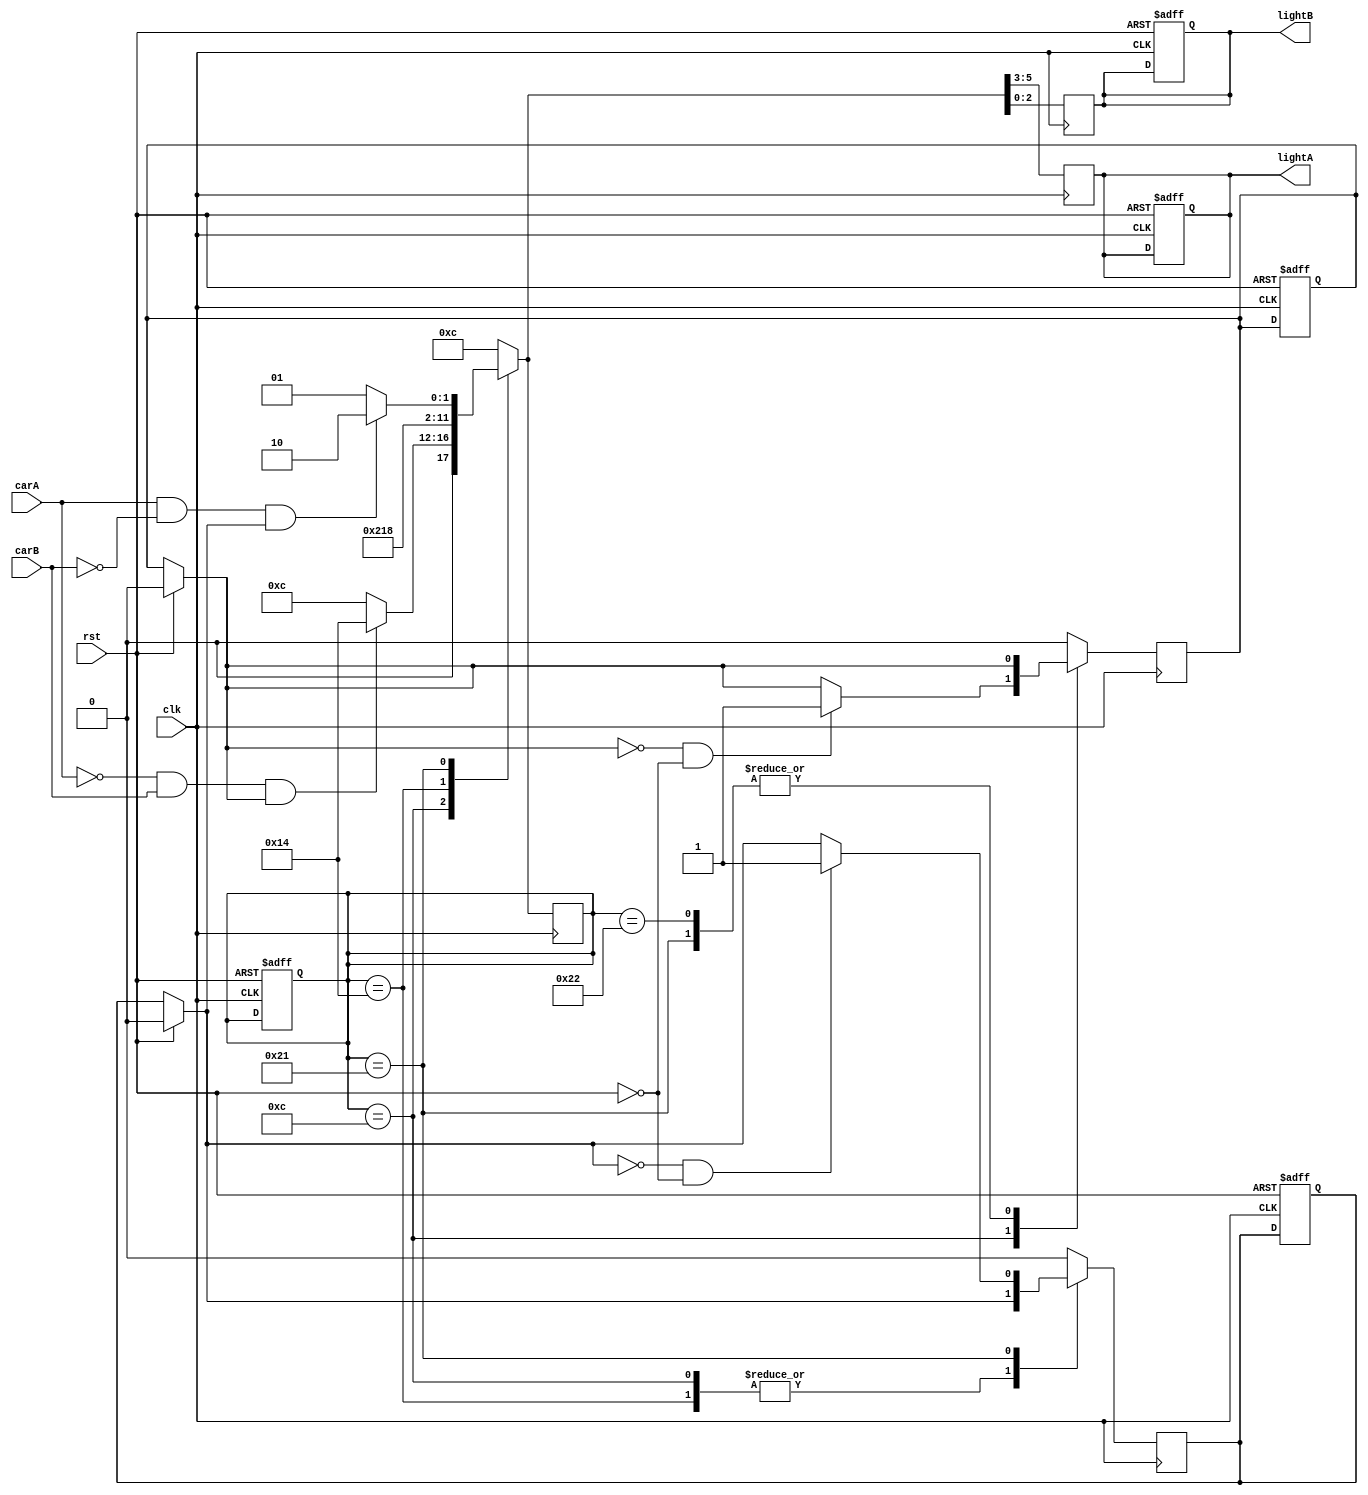
module lab2_2 (clk, rst, carA, carB, lightA, lightB);
    input clk, rst, carA, carB;
    output reg [2:0] lightA, lightB;
    reg [5:0] state, next_state;
    reg A = 1'b0, B = 1'b0;
    parameter S0 = 6'b001100;
    parameter S1 = 6'b010100;
    parameter S2 = 6'b100001;
    parameter S3 = 6'b100010;

    always@(posedge rst, posedge clk) begin
        if(rst) begin
            state <= S0;
            next_state <= S0;
            lightA <= S0[5:3];
            lightB <= S0[2:0];
            {A, B} <= 2'b00;
        end else begin
            state <= next_state;
        end
    end
    
    always@(posedge clk) begin 
        if(rst) begin
            {A, B} = 2'b00;
        end
        state = next_state;
        case (state)
            S0 : begin
                if(!carA && carB && A) next_state = S1;
                else next_state = S0;
                if(!A && !rst) A = 1'b1;
            end
            S1 : begin
                next_state = S2;
                A = 1'b0;
            end
            S2 : begin
                if(carA && !carB && B) next_state = S3;
                else next_state = S2;
                if(!B && !rst) B = 1'b1;
            end
            S3 : begin
                next_state = S0;
                B = 1'b0;
            end
            default : begin
                next_state = S0;
                {A, B} = 2'b00;
            end
        endcase
        lightA = next_state[5:3];
        lightB = next_state[2:0];
    end
endmodule